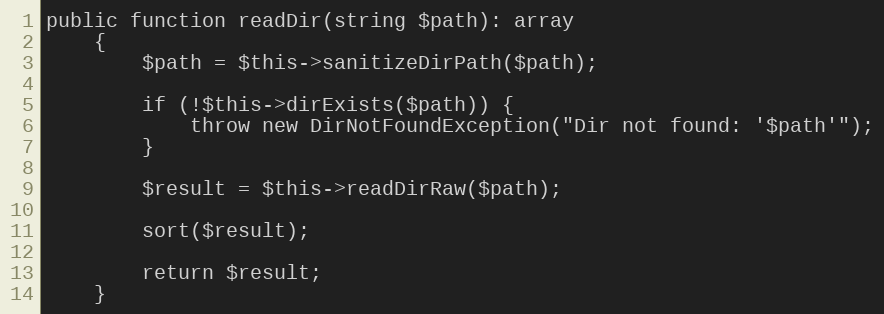
Language: PHP
public function readDir(string $path): array
    {
        $path = $this->sanitizeDirPath($path);

        if (!$this->dirExists($path)) {
            throw new DirNotFoundException("Dir not found: '$path'");
        }

        $result = $this->readDirRaw($path);

        sort($result);

        return $result;
    }